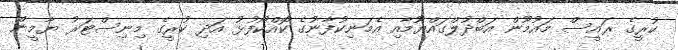
ކުރީގެ ރައީސް މައުމޫން އަބްދުލްގައްޔޫމާއި އެމަނިކުފާނުގެ ކޮއްކޯފުޅު އަދި ކުރީގެ މިނިސްޓަރު ޔާމީން